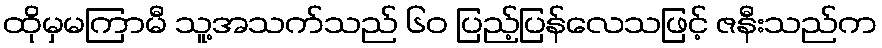
ထိုမှမကြာမီ သူ့အသက်သည် ၆၀ ပြည့်ပြန်လေသဖြင့် ဇနီးသည်က